system: You are a helpful assistant.
user:
Analyze the provided spectrum to determine if it is a **"Cataclysmic Variables (CV)"**.

- **Key Indicators for CV (Check for either state):**
    - **State 1: Quiescent / Low-State (Emission-Dominated)**
        - **(Primary):** Strong and *very broad* Hydrogen Balmer emission lines (e.g., $H\alpha$ at 6563 Å, $H\beta$ at 4861 Å). The 'broadness' (high velocity dispersion, often FWHM > 1000 km/s) is the key diagnostic, indicating a high-velocity accretion disk.
        - **(Secondary):** Broad neutral Helium (He I) emission lines (e.g., 5876 Å, 6678 Å).
        - **(Key Confirmation):** Presence of high-excitation *ionized* Helium (He II) emission at 4686 Å. This is a strong indicator of accretion onto a white dwarf.
        - **(Line Profile):** Emission lines may exhibit a 'double-peaked' profile, which is a classic signature of a rotating accretion disk viewed at high inclination.

    - **State 2: Outburst / High-State (Absorption-Dominated)**
        - **(Primary):** Spectrum is dominated by a bright, blue continuum (looks like a hot star).
        - **(Secondary):** The emission lines from State 1 are weak, absent, or 'filled in', and are replaced by broad, shallow *absorption* lines (primarily Balmer and He I).
        - **(Morphology):** The overall spectrum mimics a hot B/A-type star. The crucial difference is that the absorption lines are significantly broader, shallower, and more 'washed-out' (or 'smeared') than the sharp lines of a normal stellar photosphere, due to high rotational speeds and pressure broadening in the disk.

Think first, call **spectral_visualization_tool** if needed to examine features in detail, then provide your final answer. Your response must adhere to the following strict rules:
1.  **Overall Structure:** Your response must follow the format `<think>...</think> <tool_call>...</tool_call> (if a tool is used) <answer>...</answer>`.
2.  **Tool Usage Constraint:** You may only make **one** tool call per turn.
3.  **Final Answer Format:** In the `<answer>` tag, your conclusion must be inside a `\boxed{}` command (e.g., `\boxed{YES}`), followed by your justification.

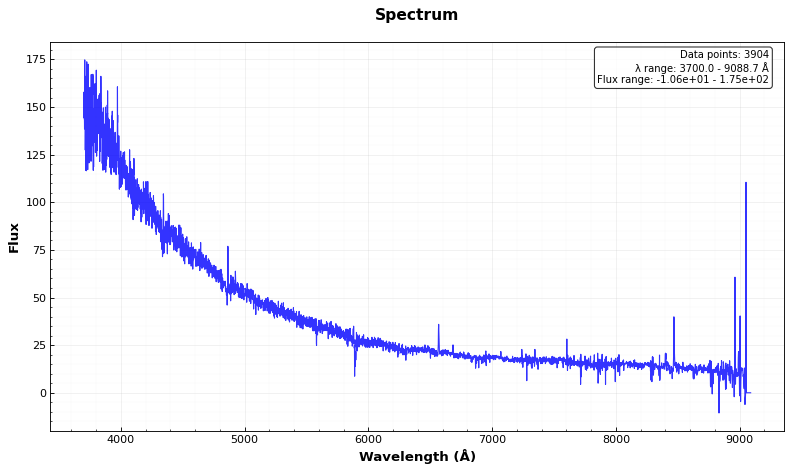
Answer: YES